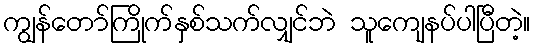
ကျွန်တော်ကြိုက်နှစ်သက်လျှင်ဘဲ သူကျေနပ်ပါပြီတဲ့။